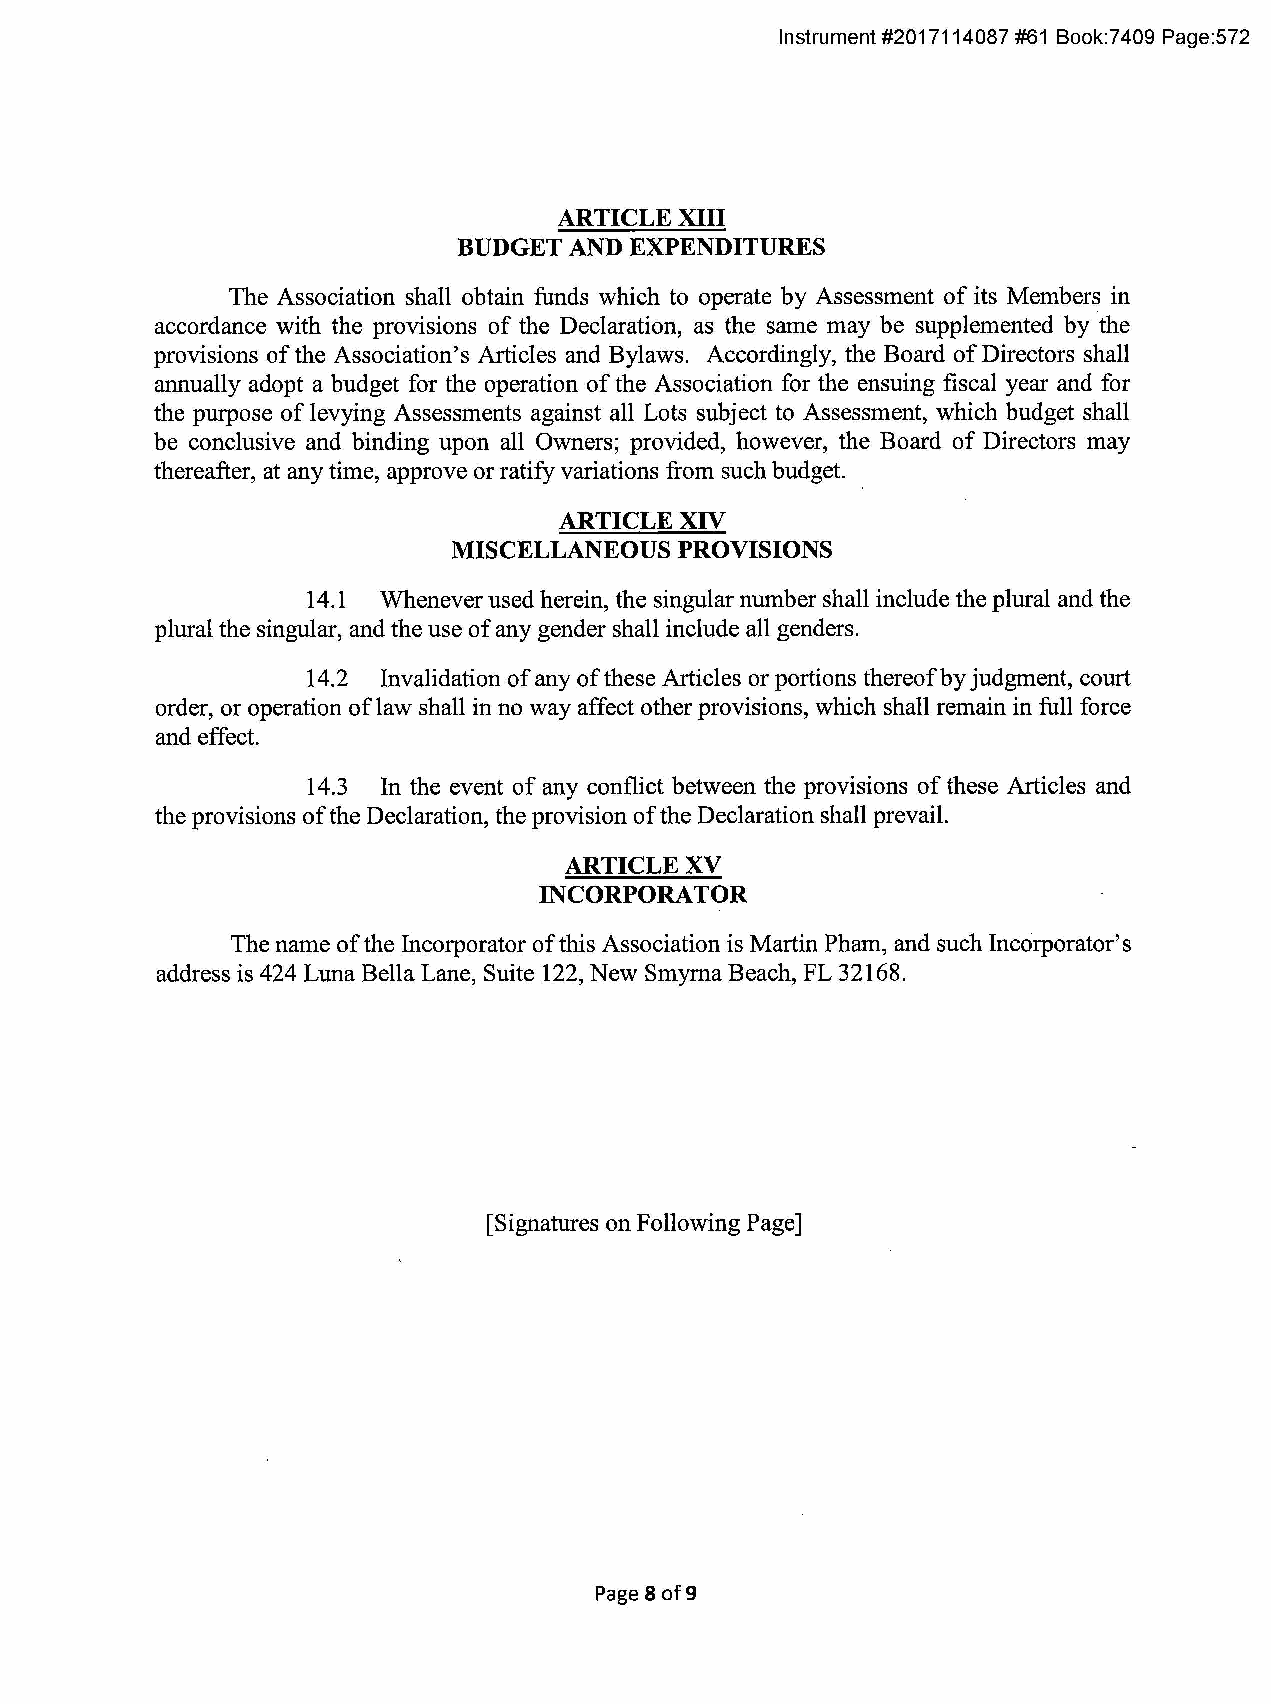
Instrument #2017114087 #61 Book:7 409 Page:572
 ARTICLE XIII
 BUDGET  AND EXPENDITURES
 The Association shall obtain funds which to operate by Assessment of its Members in
 accordance with the provisions of the Declaration, as the same may be supplemented by the
 provisions of the Association's Articles and Bylaws. Accordingly, the Board of Directors shall
 annually adopt a budget for the operation of the Association for the ensuing fiscal year and for
 the purpose of levying Assessments against all Lots subject to Assessment, which budget shall
 be conclusive and binding upon all Owners; provided, however, the Board of Directors may
 thereafter, at any time, approve or ratify variations from such budget.
 ARTICLE XIV
 MISCELLANEOUS  PROVISIONS
 14.1 Whenever used herein, the singular number shall include the plural and the
 plural the singular, and the use of any gender shall include all genders.
 14.2 Invalidation of any of these Articles or portions thereof by judgment, court
 order, or operation oflaw shall in no way affect other provisions, which shall remain in full force
 and effect.
 14.3 In the event of any conflict between the provisions of these Articles and
 the provisions of the Declaration, the provision of the Declaration shall prevail.
 ARTICLE XV
 INCORPORATOR
 The name of the Incorporator of this Association is Martin Pham, and such Inccirporator's
 address is 424 Luna Bella Lane, Suite 122, New Smyrna Beach, FL 32168.
 [Signatures on Following Page]
 Page 8 of9